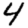
Digit: 4